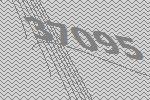
37095